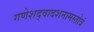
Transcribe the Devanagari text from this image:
गणेशद्वादशनामस्तोत्रं